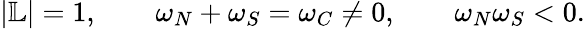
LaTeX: |\mathbb{L}|=1,\qquad\omega_{N}+\omega_{S}=\omega_{C}\neq 0,\qquad\omega_{N}\omega_{S}<0.